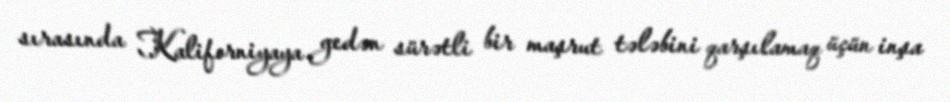
sırasında Kaliforniyaya gedən sürətli bir maşrut tələbini qarşılamaq üçün inşa